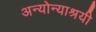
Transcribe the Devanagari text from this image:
अन्योन्याश्रयी